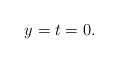
LaTeX: \begin{align*}y=t=0.\end{align*}